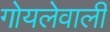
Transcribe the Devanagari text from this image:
गोयलेवाली